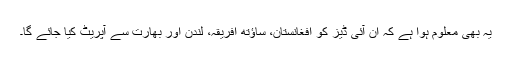
یہ بھی معلوم ہوا ہے کہ ان آئی ڈیز کو افغانستان، ساؤتھ افریقہ، لندن اور بھارت سے آپریٹ کیا جائے گا۔